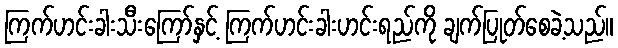
ကြက်ဟင်းခါးသီးကြော်နှင့် ကြက်ဟင်းခါးဟင်းရည်ကို ချက်ပြုတ်စေခဲ့သည်။